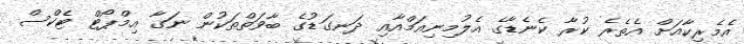
އެމެރިކާއަށް އެތެރެ ކުރާ ކެނެޑާގެ އެލުމިނިއަމްއާއި ދަނގަޑުގެ ބާވަތްތަކުން ނަގާ އިމްޕޯޓް ޓެކްސް